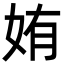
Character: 姷